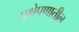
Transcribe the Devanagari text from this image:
प्रक्षेपणातील